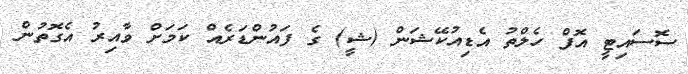
ސޮސައިޓީ އޮފް ހެލްތު އެޑިއުކޭޝަން (ޝީ) ގެ ފައުންޑަރެއް ކަމަށް ވާއިރު އެގޮތުން